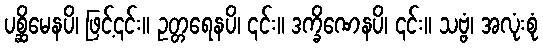
ပစ္ဆိမေနပိ၊ ဖြင့်၎င်း။ ဥတ္တရေနပိ၊ ၎င်း။ ဒက္ခိဏေနပိ၊ ၎င်း။ သဗ္ဗံ၊ အလုံးစုံ